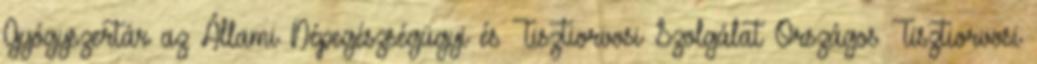
Gyógyszertár az Állami Népegészségügyi és Tisztiorvosi Szolgálat Országos Tisztiorvosi